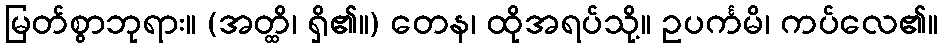
မြတ်စွာဘုရား။ (အတ္ထိ၊ ရှိ၏။) တေန၊ ထိုအရပ်သို့။ ဥပင်္ကမိ၊ ကပ်လေ၏။